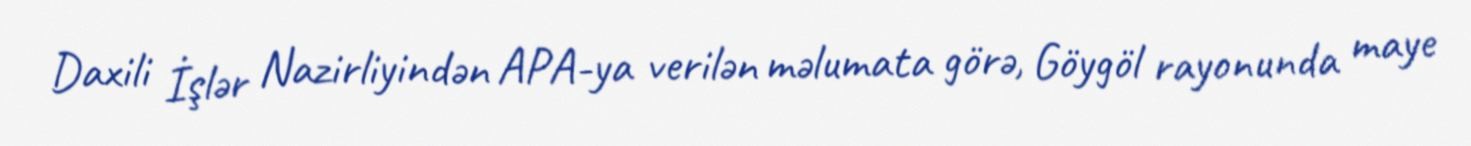
Daxili İşlər Nazirliyindən APA-ya verilən məlumata görə, Göygöl rayonunda maye